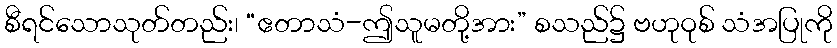
စီရင်သောသုတ်တည်း၊ “ဧတာသံ-ဤသူမတို့အား” စသည်၌ ဗဟုဝုစ် သံအပြုကို